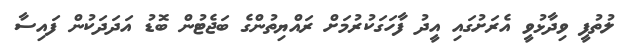
ލުތުފީ ވިދާޅުވީ އެރަށުގައި އީދު ފާހަގަކުރުމަށް ރައްޔިތުންގެ ބަޖެޓުން ބޮޑު އަދަދަކުން ފައިސާ